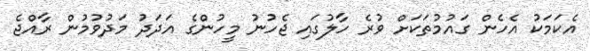
އެކަމަކު އެހެން ގައުމުތަކަށް ވުރެ ހާލުގައި ޖެހުނު މީހުންގެ އަދަދު މަދުވުމުން ރާއްޖެ